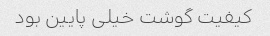
کیفیت گوشت خیلی پایین بود